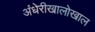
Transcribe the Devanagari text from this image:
अंधेरीखालोखाल